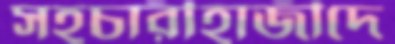
সহচারীহাজীদে